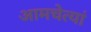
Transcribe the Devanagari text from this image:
आमचेत्यां